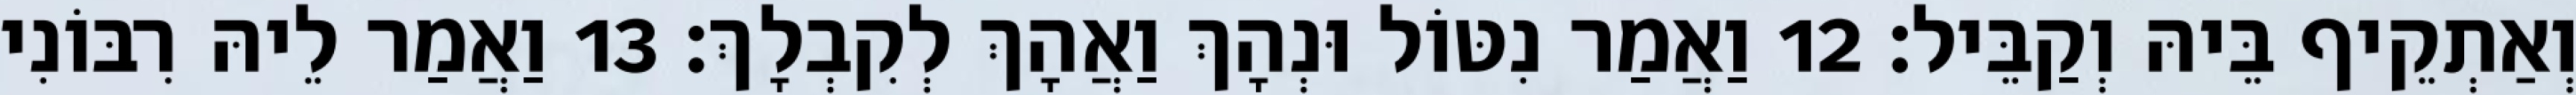
וְאַתְקֵיף בֵּיהּ וְקַבֵּיל׃ 12 וַאֲמַר נִטּוֹל וּנְהָךְ וַאֲהָךְ לְקִבְלָךְ׃ 13 וַאֲמַר לֵיהּ רִבּוֹנִי